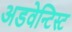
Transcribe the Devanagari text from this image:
अडवेन्टिस्ट